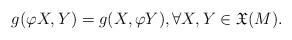
LaTeX: \begin{align*}g(\varphi X, Y)= g(X, \varphi Y), \forall X, Y \in {\mathfrak X} (M).\end{align*}